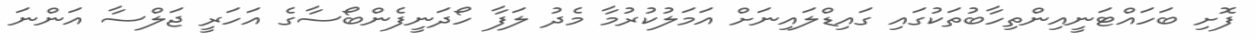
ފޮށި ބަހައްޓަނީއިންތިހާބުތަކުގައި ގައިޑްލައިނަށް އަމަލުކުރުމާ މެދު ލަފާ ހޯދަނީފެންބޯސާގެ އަހަރީ ޖަލްސާ އަންނަ